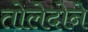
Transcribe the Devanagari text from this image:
तोलेदोने